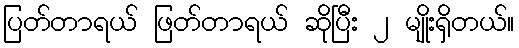
ပြတ်တာရယ် ဖြတ်တာရယ် ဆိုပြီး ၂ မျိုးရှိတယ်။